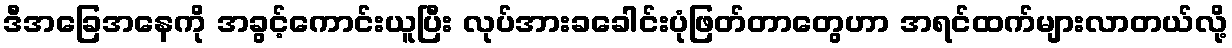
ဒီအခြေအနေကို အခွင့်ကောင်းယူပြီး လုပ်အားခခေါင်းပုံဖြတ်တာတွေဟာ အရင်ထက်များလာတယ်လို့